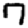
Digit: 7